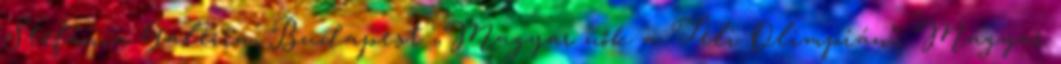
Stefánia Galéria, Budapest „Magyar nők a Téli Olimpián”, Magyar